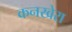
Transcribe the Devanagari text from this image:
कनखेरा